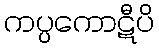
ကပ္ပကောဋီပိ